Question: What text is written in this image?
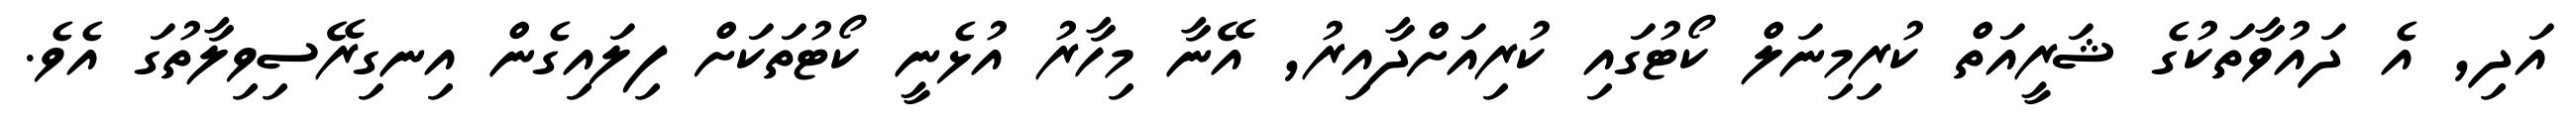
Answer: އަދި, އެ ދައުވާތަކުގެ ޝަރީއަތް ކުރިމިނަލް ކޯޓުގައި ކުރިއަށްދާއިރު, އޭނާ މިހާރު އުޅެނީ ކޯޓުތަކަށް ފިލައިގެން އިނގިރޭސިވިލާތުގަ އެވެ.